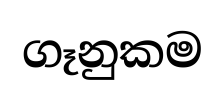
ගෑනුකම